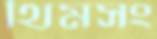
থিমসং